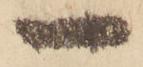
一